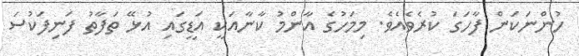
ހުންނަކަން ފާހަގަ ކުރެވެއެވެ. މިމަހުގެ އާންމު ކާނާއަކީ އަޑީގައި އުޅޭ ތަފާތު ފަނިފަކުސަ